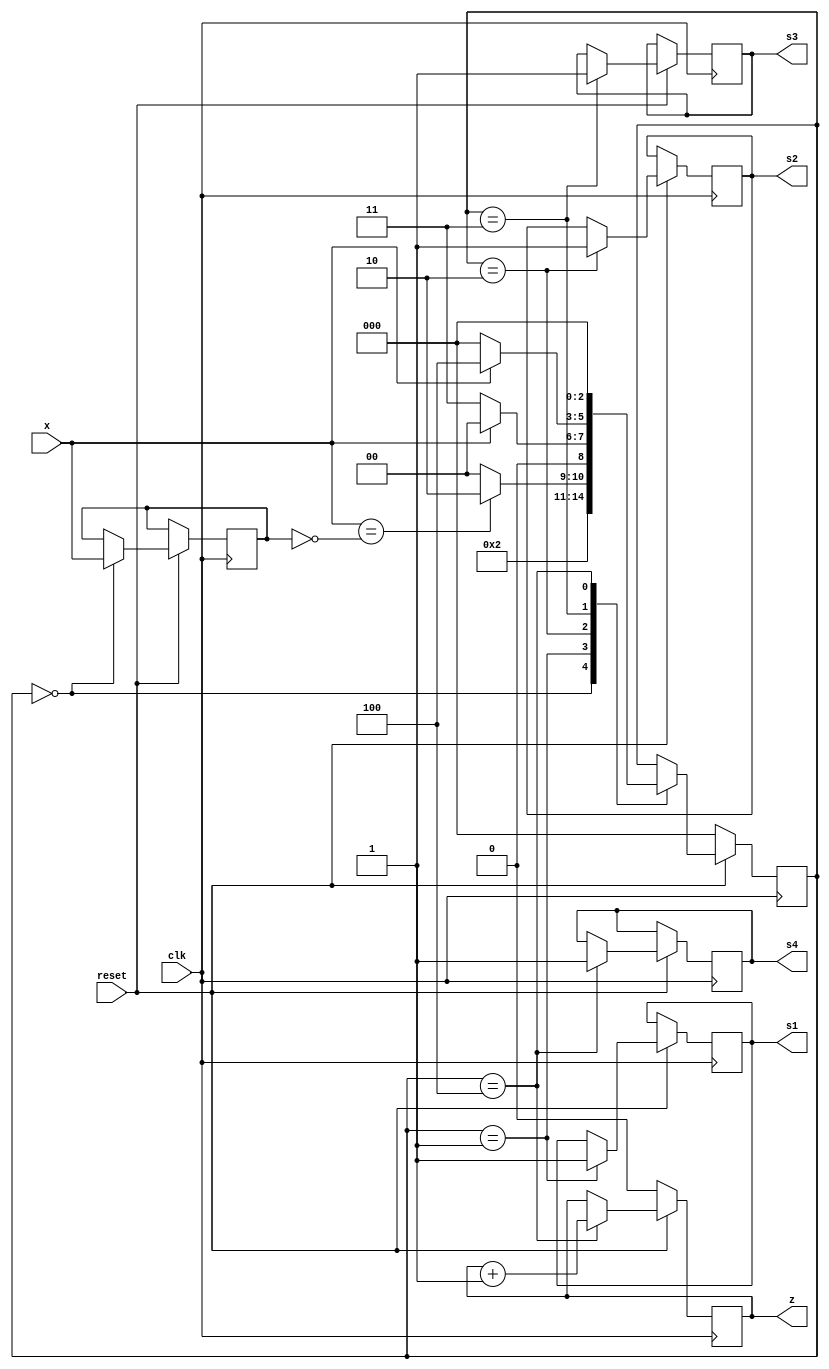
module seq_detect(clk,reset,x,z,s1,s2,s3,s4);
    input x,clk,reset;
    output reg z,s1,s2,s3,s4;
    parameter idle=3'b000,sl1=3'b001,sl2=3'b010,sl3=3'b011,sl4=3'b100;
    reg [2:0]next_st;
    reg y;
    always@(posedge clk)
    begin
        if(!reset)
        begin
            next_st<=idle;
            z<=0;
        end
        else
        begin
            case(next_st)
                idle:begin
                    if(x==1'b0|x==1'b1)
                    begin
                    y<=x;
                    next_st<=sl1;
                end
                end
                sl1:begin
                    s1<=1'b1;
                    if(x==~y)
                    next_st<=sl2;
                    else
                    next_st<=idle;
                end
                sl2:begin
                    s2<=1'b1;
                    if(x==1'b0)
                    next_st<=sl3;
                    else
                    next_st<=idle;
                end
                sl3:begin
                    s3<=1'b1;
                    if(x==1'b1)
                    next_st<=sl4;
                    else
                    next_st<=idle;
                end
                sl4:begin
                    s4<=1'b1;
                    z<=z+1;
                    next_st<=idle;
                end
        endcase
    end
end
endmodule